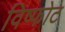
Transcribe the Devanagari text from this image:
विष्फोट